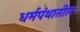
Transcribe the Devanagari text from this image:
धर्मपंथातील